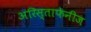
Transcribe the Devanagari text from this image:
अरिस्ताफेनीज